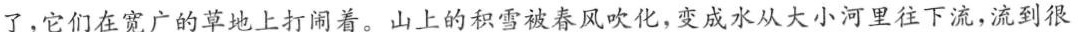
了，它们在宽广的草地上打闹着。山上的积雪被春风吹化，变成水从大小河里往下流，流到很